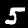
Label: 5